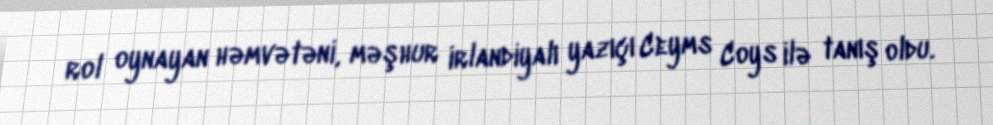
rol oynayan həmvətəni, məşhur irlandiyalı yazıçı Ceyms Coys ilə tanış oldu.